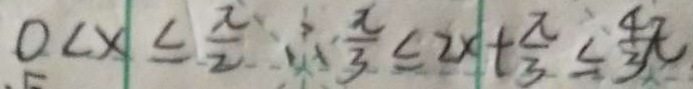
0 < x \leq \frac { x } { 2 } \therefore \frac { x } { 3 } \leq 2 x + \frac { \pi } { 3 } \leq \frac { 4 } { 3 } x